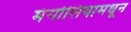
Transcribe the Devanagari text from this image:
मंगोलियामधून